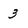
Character: 3